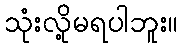
သုံးလို့မရပါဘူး။